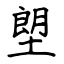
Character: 塱